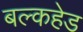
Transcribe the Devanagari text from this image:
बल्‍कहेड